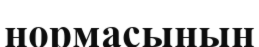
нормасының